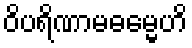
ဝိပရိဏာမဓမ္မေဟိ